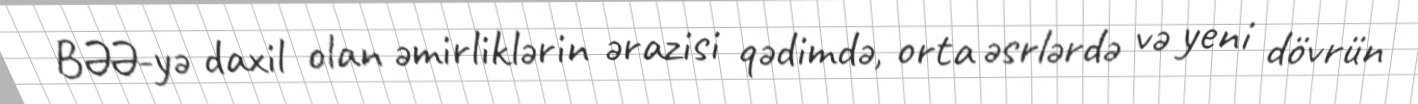
BƏƏ-yə daxil olan əmirliklərin ərazisi qədimdə, orta əsrlərdə və yeni dövrün